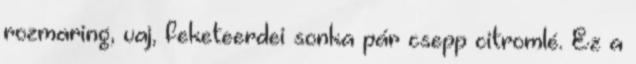
rozmaring, vaj, feketeerdei sonka pár csepp citromlé. Ez a